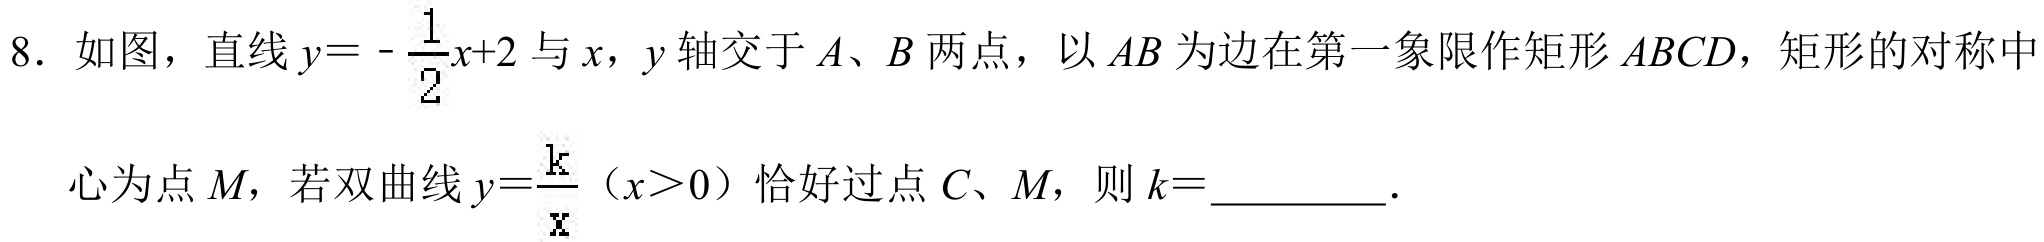
8. 如图，直线\(y = -\frac{1}{2}x + 2\)与\(x\)，\(y\)轴交于\(A\)、\(B\)两点，以\(AB\)为边在第一象限作矩形\(ABCD\)，矩形的对称中
心为点\(M\)，若双曲线\(y=\frac{k}{x}\)（\(x > 0\)）恰好过点\(C\)、\(M\)，则\(k =\)________.